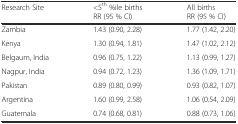
<table><thead><tr><td><b>Research Site</b></td><td><b>&lt;5<sup>th</sup> %ile births RR (95 % CI)</b></td><td><b>All births RR (95 % CI)</b></td></tr></thead><tbody><tr><td>Zambia</td><td>1.43 (0.90, 2.28)</td><td>1.77 (1.42, 2.20)</td></tr><tr><td>Kenya</td><td>1.30 (0.94, 1.81)</td><td>1.47 (1.02, 2.12)</td></tr><tr><td>Belgaum, India</td><td>0.96 (0.75, 1.22)</td><td>1.13 (0.99, 1.27)</td></tr><tr><td>Nagpur, India</td><td>0.94 (0.72, 1.23)</td><td>1.36 (1.09, 1.71)</td></tr><tr><td>Pakistan</td><td>0.89 (0.80, 0.99)</td><td>0.93 (0.82, 1.07)</td></tr><tr><td>Argentina</td><td>1.60 (0.99, 2.58)</td><td>1.06 (0.54, 2.09)</td></tr><tr><td>Guatemala</td><td>0.74 (0.68, 0.81)</td><td>0.88 (0.73, 1.06)</td></tr></tbody></table>